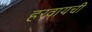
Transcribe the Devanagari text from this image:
हरवायची